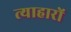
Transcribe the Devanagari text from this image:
त्याहारों